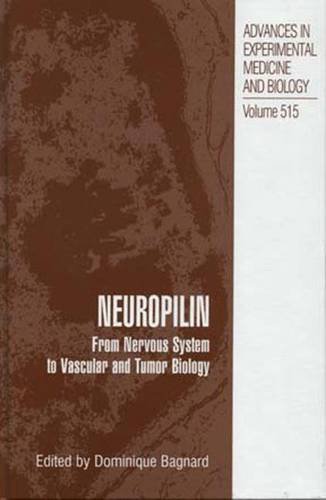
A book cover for Neuropilin: From Nervous System to Vascular and Tumor Biology (Advances in Experimental Medicine and Biology); Medical Books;